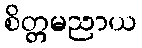
စိတ္တမညာယ